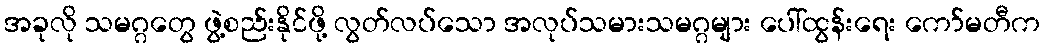
အခုလို သမဂ္ဂတွေ ဖွဲ့စည်းနိုင်ဖို့ လွတ်လပ်သော အလုပ်သမားသမဂ္ဂများ ပေါ်ထွန်းရေး ကော်မတီက